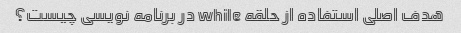
هدف اصلی استفاده از حلقه while در برنامه نویسی چیست؟